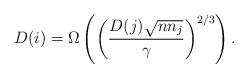
LaTeX: \begin{align*} D(i) = \Omega\left(\left(\frac{D(j)\sqrt{n n_j}}{\gamma}\right)^{2/3}\right). \end{align*}